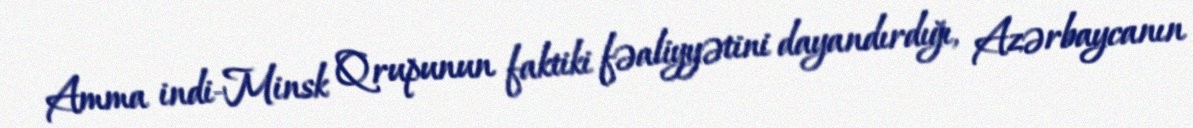
Amma indi-Minsk Qrupunun faktiki fəaliyyətini dayandırdığı, Azərbaycanın